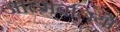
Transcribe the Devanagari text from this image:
आत्मबलियों